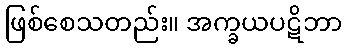
ဖြစ်စေသတည်း။ အက္ခယပဋိဘာ